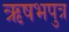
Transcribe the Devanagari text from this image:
ऋषभपुत्र